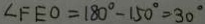
\angle F E O = 1 8 0 ^ { \circ } - 1 5 0 ^ { \circ } = 3 0 ^ { \circ }